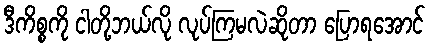
ဒီကိစ္စကို ငါတို့ဘယ်လို လုပ်ကြမလဲဆိုတာ ပြောရအောင်